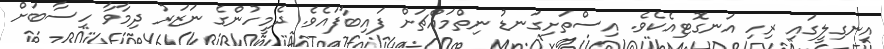
އިނގިލީގައި ރިހި އަނގޮޓިއެކެވެ. އިސްތަށިގަނޑު ނިތްމައްޗަށް ފައިބާފައެވެ. ދެމީހުންގެ ނަޒަރު ދިމާވާ ހިސާބަށް